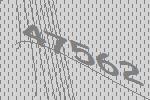
47562